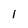
Character: 1